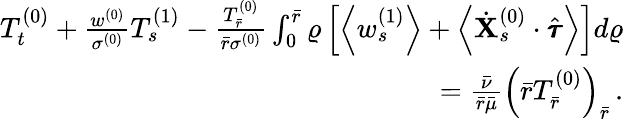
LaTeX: \begin{array}{r}{T_{t}^{(0)}+\frac{w^{(0)}}{\sigma^{(0)}}T_{s}^{(1)}-\frac{T_{\bar{r}}^{(0)}}{\bar{r}\sigma^{(0)}}\int_{0}^{\bar{r}}\varrho\left[\left<w_{s}^{(1)}\right>+\left<\dot{\mathbf{X}}_{s}^{(0)}\cdot\hat{\pmb{\tau}}\right>\right]d\varrho}\\ {=\frac{\bar{\nu}}{\bar{r}\bar{\mu}}\left(\bar{r}T_{\bar{r}}^{(0)}\right)_{\bar{r}}\, .}\end{array}